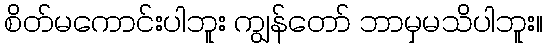
စိတ်မကောင်းပါဘူး ကျွန်တော် ဘာမှမသိပါဘူး။